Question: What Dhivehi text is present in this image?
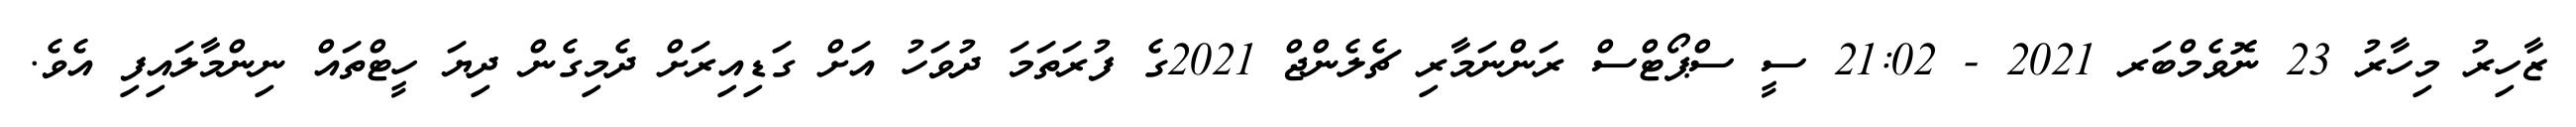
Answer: ޒާހިރު މިހާރު 23 ނޮވެމްބަރ 2021 - 21:02 ސީ ސްޕޯޓްސް ރަންނަމާރި ޗެލެންޖް 2021ގެ ފުރަތަމަ ދުވަހު އަށް ގަޑިއިރަށް ދެމިގެން ދިޔަ ހީޓްތައް ނިންމާލައިފި އެވެ.